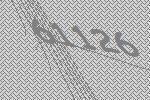
61126